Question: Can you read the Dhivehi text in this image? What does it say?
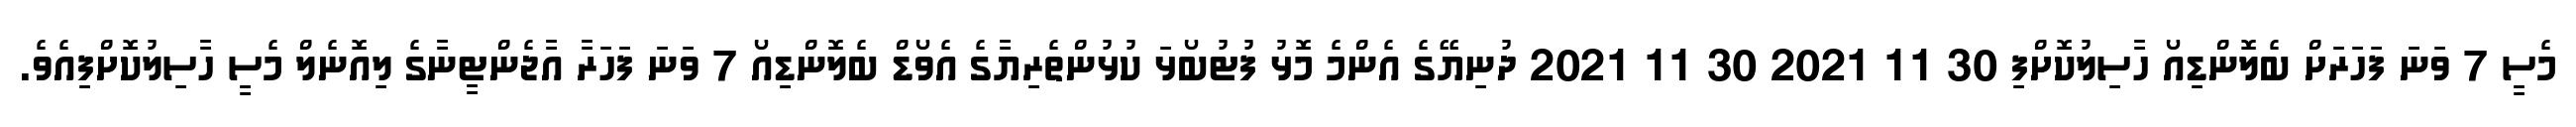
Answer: މެސީ 7 ވަނަ ފަހަރަށް ބެލޮންޑިއޯ ހާސިލުކޮށްފި 30 11 2021 30 11 2021 ދުނިޔޭގެ އެންމެ މޮޅު ފުޓުބޯޅަ ކުޅުންތެރިޔާގެ އެވޯޑް ބެލޮންޑިއޯ 7 ވަނަ ފަހަރާ އާޖެންޓީނާގެ ލިއޮނެލް މެސީ ހާސިލުކޮށްފިއެވެ.